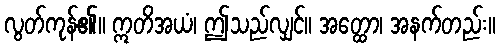
လွတ်ကုန်၏။ ဣတိအယံ၊ ဤသည်လျှင်။ အတ္ထော၊ အနက်တည်း။